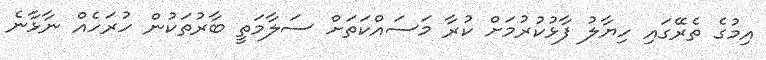
އިމުގެ ތެރޭގައި ހިޔާލު ފާޅުކުރުމަށް ކުރާ މަސައްކަތަށް ސަލާމަތީ ބާރުތަކުން ހުރަހެއް ނާޅާނެ